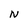
Character: N